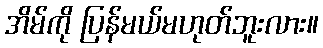
အိမ်ကို ပြန်မယ်မဟုတ်ဘူးလား။